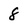
Character: 8